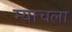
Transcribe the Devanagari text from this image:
म्याचला